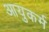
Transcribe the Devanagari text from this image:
आयुकर्म